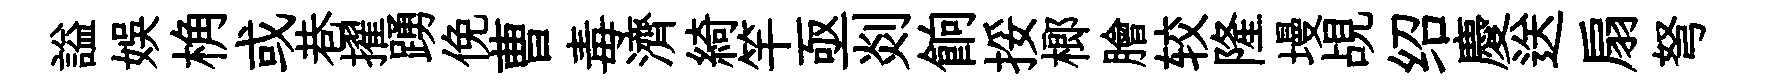
謚娱桷或巷擢踴俛曹毒濟綺竿亟剡餉挼榔膾较隆墁覘绍慶送扇弩